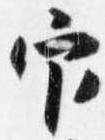
官